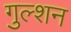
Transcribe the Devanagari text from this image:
गुल्शन